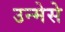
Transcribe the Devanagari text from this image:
उन्मेसे